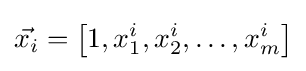
{\vec {x_{i}}}=\left[1,x_{1}^{i},x_{2}^{i},\ldots ,x_{m}^{i}\right]